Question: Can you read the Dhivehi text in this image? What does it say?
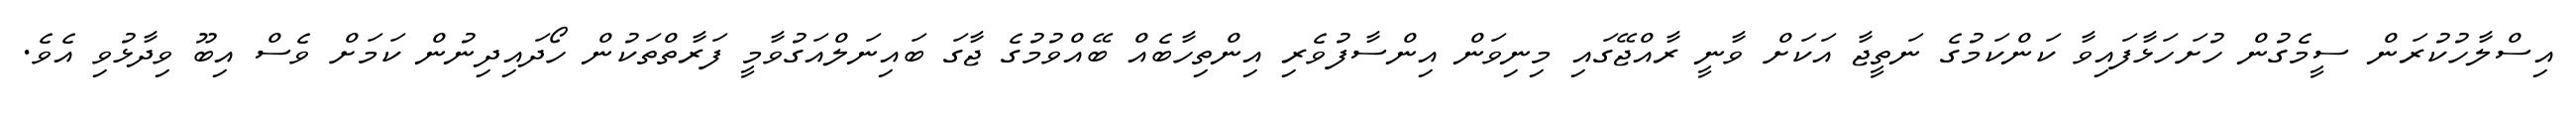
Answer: އިސްލާހުކުރަން ސީމެގުން ހުށަހަޅާފައިވާ ކަންކަމުގެ ނަތީޖާ އަކަށް ވާނީ ރާއްޖޭގައި މިނިވަން އިންސާފުވެރި އިންތިހާބެއް ބޭއްވުމުގެ ޖާގަ ބައިނަލްއަގުވާމީ ފަރާތްތަކުން ހޯދައިދިނުން ކަމަށް ވެސް އިބޫ ވިދާޅުވި އެވެ.